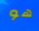
هو